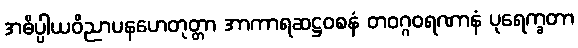
အဓိပ္ပါယဝိညာပနဟေတုတ္တာ အာကာရဆဋ္ဌဝစနံ တဝဂ္ဂဝရဏာနံ ပုရေက္ခတာ